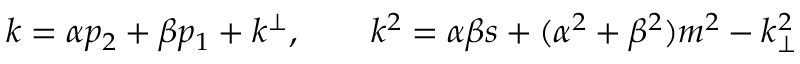
k = \alpha p _ { 2 } + \beta p _ { 1 } + k ^ { \perp } , \qquad k ^ { 2 } = \alpha \beta s + ( \alpha ^ { 2 } + \beta ^ { 2 } ) m ^ { 2 } - k _ { \perp } ^ { 2 }